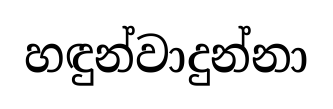
හඳුන්වාදුන්නා